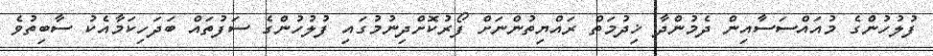
ފުލުހުންގެ މުއައްސަސާއިން ދެމުންދާ ޚިދުމަތް ރައްޔިތުންނަށް ފޯރުކޮށްދިނުމުގައި ފުލުހުންގެ ސަފުތައް ބަދަހިކަމާއެކު ސާބިތުވެ